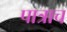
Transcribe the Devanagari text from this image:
पात्राच